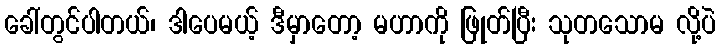
ခေါ်တွင်ပါတယ်၊ ဒါပေမယ့် ဒီမှာတော့ မဟာကို ဖြုတ်ပြီး သုတသောမ လို့ပဲ